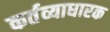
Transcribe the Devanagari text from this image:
कर्तव्याधारक